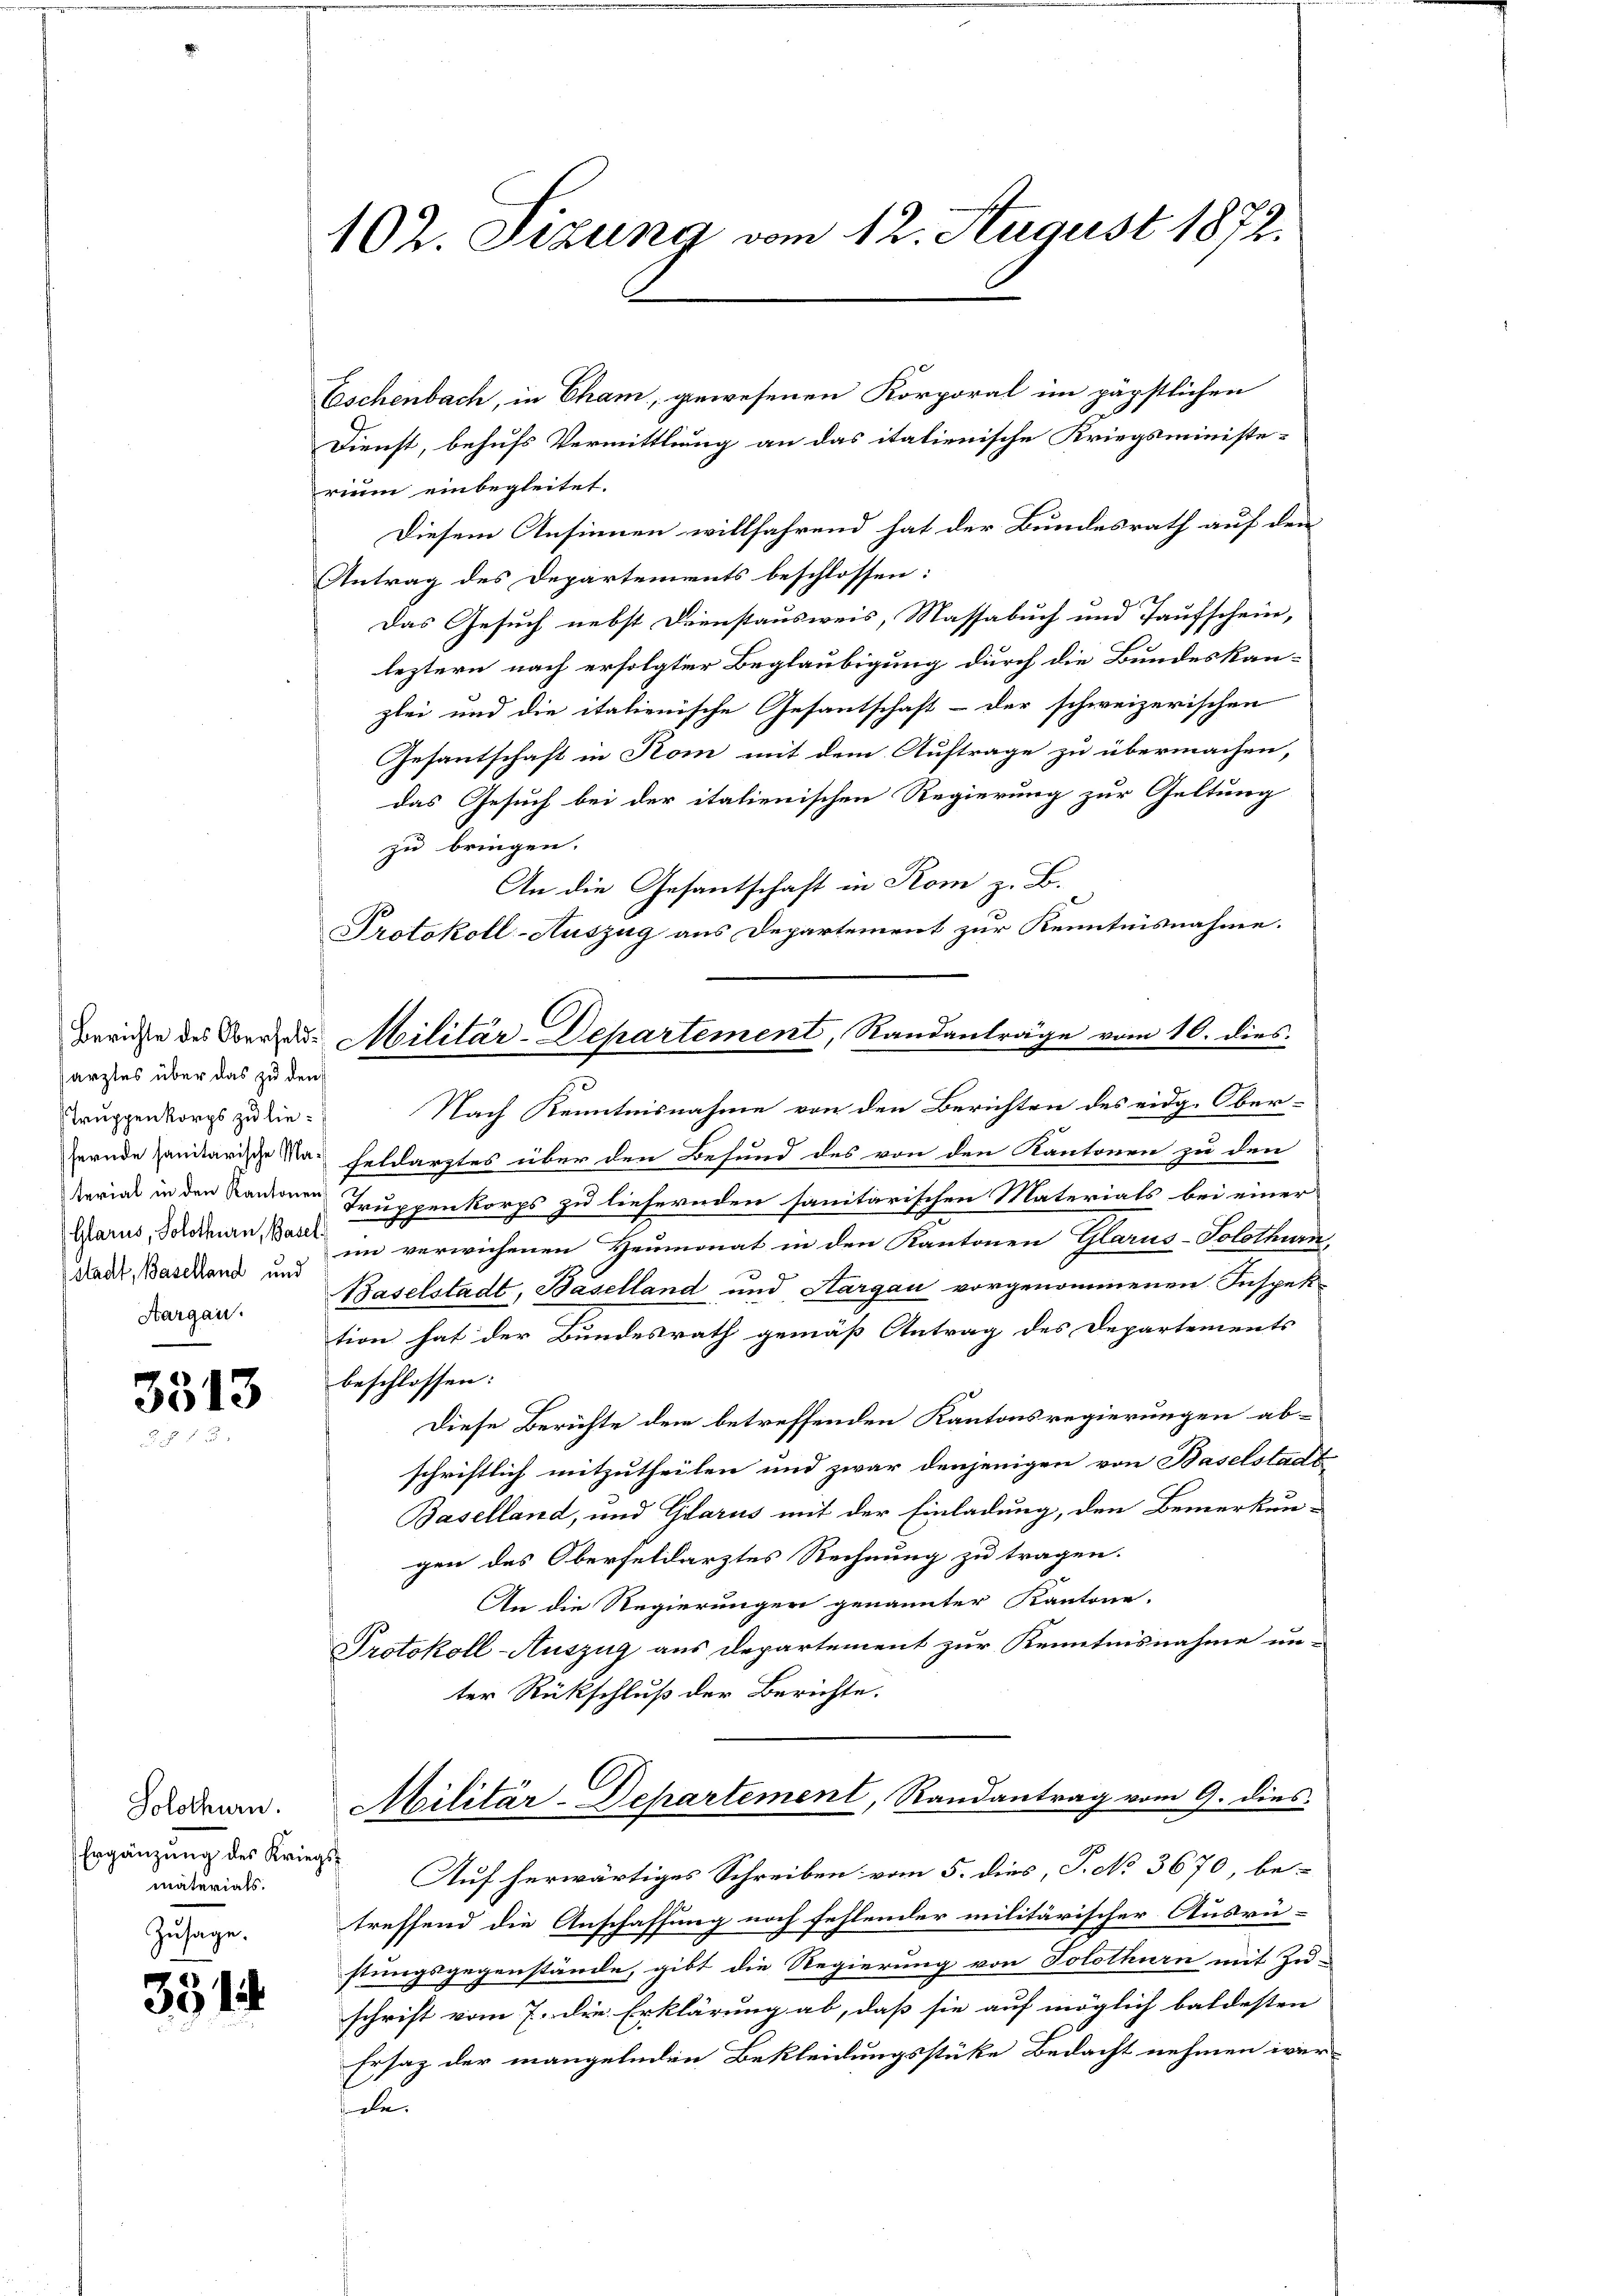
sarztes über das zu den
Truppenkorps zu liestadt, Baselland und
Aargau.

3513

Solothurn.
Ergänzung des Kriegs
materials.
Zusage.

331.

102. Sizung vom 12. August 1872.

Eschenbach, in Cham, gewesenen Korporal im päpstlichen
Dienst, behufs Vermittlung an das italienische Kriegsministe-
rium einbegleitet.
Diesem Ansinnen willfahrend hat der Bundesrath auf den
Antrag des Departements beschlossen:
Das Gesuch nebst Dienstausweis, Massabuch und Taufschein,
leztern nach erfolgter Beglaubigung durch die Bundeskan-
zlei und die italienische Gesantschaft - der schweizerischen
Gesantschaft in Rom mit dem Auftrage zu übermachen,
das Gesuch bei der italienischen Regierung zur Geltung
zu bringen.
An die Gesantschaft in Komi z. B.
Protokoll-Auszug aus Departement zur Kenntnisnahme.
10
Nach Kenntnisnahme von den Berichten des eidg. Ober-
hernde sanitarische das Feldarztes über den Besund des von den Kantonen zu den
sriede in den Kandionen Truppenkorps zu liefernden sanitarischen Materials bei einer
Glarus, Schönen, das in verwichenen Heumonat in den Kantonen Glarus-Solothurn,
Baselstadt, Baselland und Aargau vorgenommenen Inspek-
tion hat der Bundesrath gemäß Antrag des Departements
beschlossen:
Diese Berichte dem betreffenden Kantonsregierungen ab-
schriftlich mitzutheilen und zwar denjenigen von Baselstadt
Baselland, und Glarus mit der Einladung, den Bemerkun-
gen des Oberfeldarztes Rechnung zu tragen.
An die Regierungen genannter Kantone.
Protokoll-Auszug aus Departement zur Kenntnisnahme unter Rückschluß der Berichte.
Militär-Departement, Randantrag vom 9. dies
Auf herwärtiges Schreiben vom 5. dies, P. No 3670, be-
treffend die Anschaffung noch fehlender militärischer Ausrü-
stungsgegenstände, gibt die Regierung von Solothurn mit Zu-
schrift vom 7. die Erklärung ab, daß sie auf möglich baldesten
Ersatz der mangelnden Bekleidungsstüke Bedacht nehmen ivier
u

C
Brrichte des Vorrad Militär-Departement, Randanträge vom 10. dies